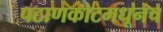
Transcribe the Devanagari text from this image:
पठाणकोटमधूनच